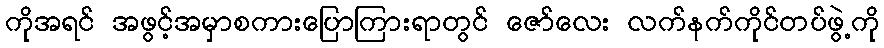
ကိုအရင် အဖွင့်အမှာစကားပြောကြားရာတွင် ဇော်လေး လက်နက်ကိုင်တပ်ဖွဲ့ကို